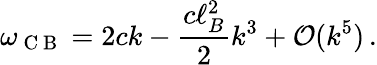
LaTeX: \omega_{\mathrm{~C~B~}}=2ck-\frac{c\ell_{B}^{2}}{2}k^{3}+\mathcal O(k^{5})\, .